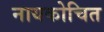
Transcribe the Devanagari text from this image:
नायकोचित